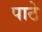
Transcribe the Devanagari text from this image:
पाठे